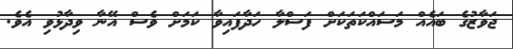
ޖަވާޒުގެ ބައެއް މަސައްކަތަކަށް ފަސްލާ ހަދާފައިވާ ކަމަށް ވެސް އޭނާ ވިދާޅުވި އެވެ.